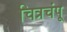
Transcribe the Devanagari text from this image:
चित्रचंपू